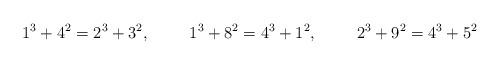
LaTeX: \begin{align*} 1^3 + 4^2 &= 2^3 + 3^2, & 1^3 + 8^2 &= 4^3 + 1^2, & 2^3 + 9^2 &= 4^3 + 5^2\end{align*}